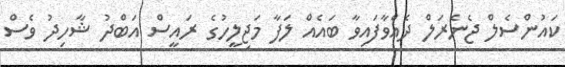
ކައުންސެލް ޖެނެރަލް ދެއްވާފައިވާ ބައެއް ލަފާ މަޖިލީހުގެ ރައީސް އަބްދު ޝާހިދު ވެސް